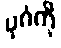
ပုဂံကို